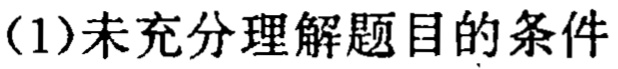
(1)未充分理解题目的条件